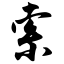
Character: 索